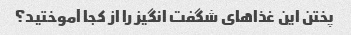
پختن این غذاهای شگفت انگیز را از کجا آموختید؟